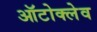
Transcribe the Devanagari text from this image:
ऑटोक्‍लेव